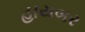
હાયબર